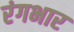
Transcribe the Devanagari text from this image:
रंगभार